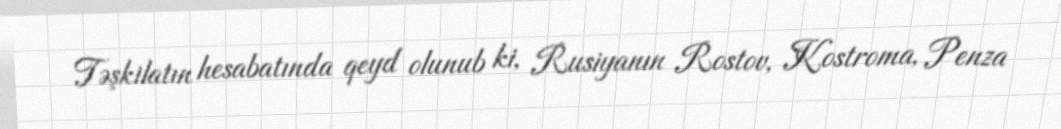
Təşkilatın hesabatında qeyd olunub ki, Rusiyanın Rostov, Kostroma, Penza